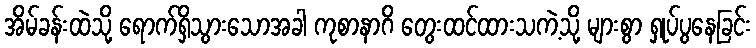
အိမ်ခန်းထဲသို့ ရောက်ရှိသွားသောအခါ ကုစာနာဂိ တွေးထင်ထားသကဲ့သို့ များစွာ ရှုပ်ပွနေခြင်း